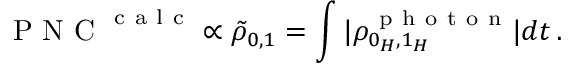
\mathrm { ~ P ~ N ~ C ~ } ^ { \mathrm { ~ c ~ a ~ l ~ c ~ } } \propto \tilde { \rho } _ { 0 , 1 } = \int | \rho _ { 0 _ { H } , 1 _ { H } } ^ { \mathrm { ~ p ~ h ~ o ~ t ~ o ~ n ~ } } | d t \, .